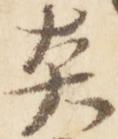
炎